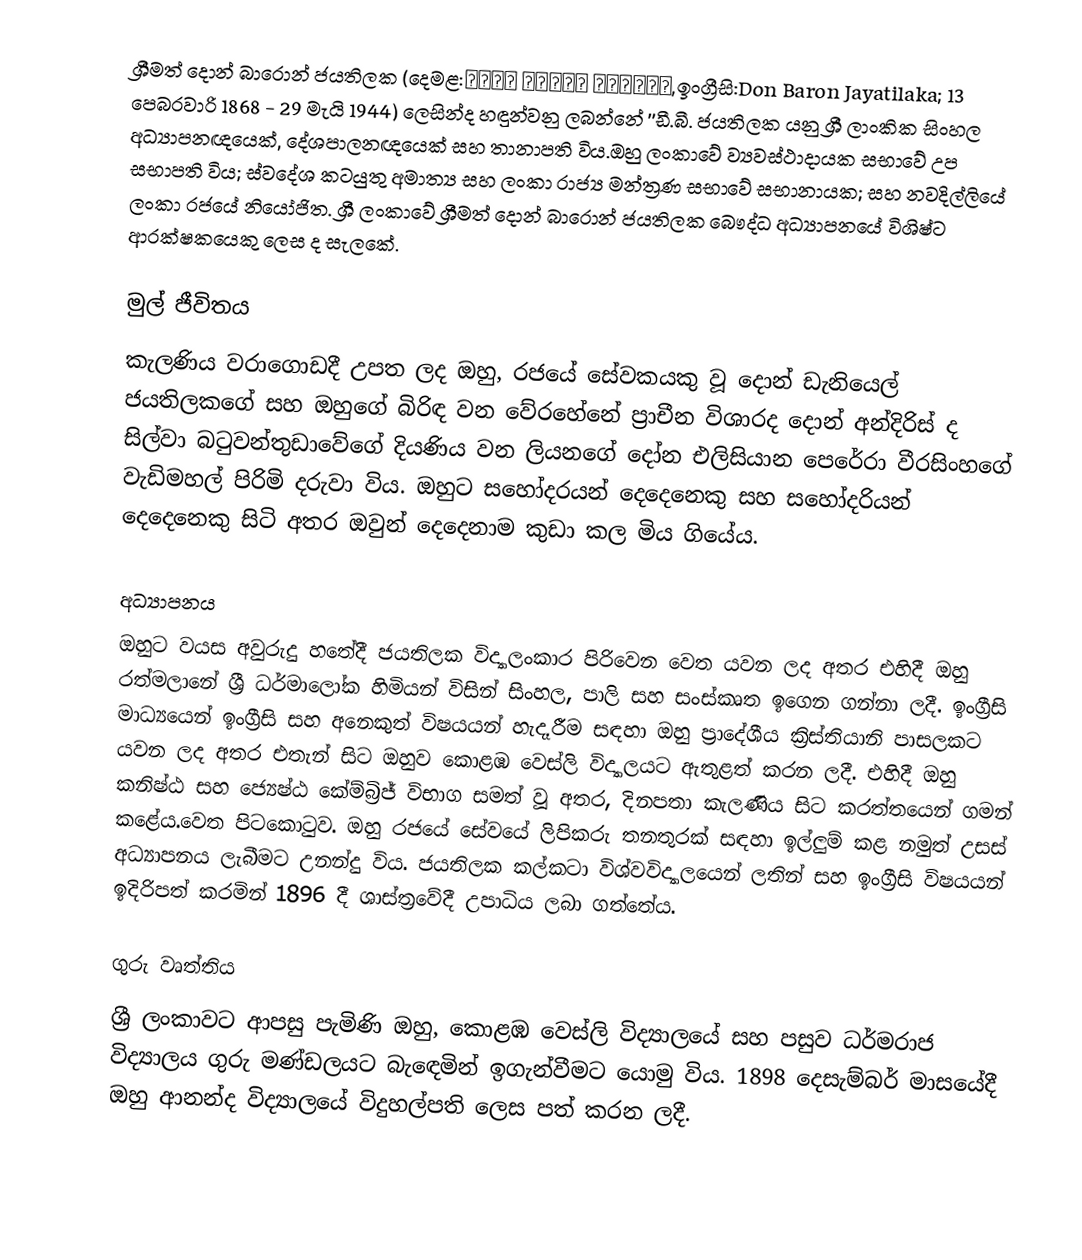
ශ්‍රීමත් දොන් බාරොන් ජයතිලක (දෙමළ:டொன் பரோன் ஜயதிலக,ඉංග්‍රීසි:Don Baron Jayatilaka; 13 පෙබරවාරි 1868 - 29 මැයි 1944) ලෙසින්ද හඳුන්වනු ලබන්නේ ''ඩී.බී. ජයතිලක යනු ශ්‍රී ලාංකික සිංහල අධ්‍යාපනඥයෙක්, දේශපාලනඥයෙක් සහ තානාපති විය.ඔහු ලංකාවේ ව්‍යවස්ථාදායක සභාවේ උප සභාපති විය; ස්වදේශ කටයුතු අමාත්‍ය සහ ලංකා රාජ්‍ය මන්ත්‍රණ සභාවේ සභානායක; සහ නවදිල්ලියේ ලංකා රජයේ නියෝජිත. ශ්‍රී ලංකාවේ ශ්‍රීමත් දොන් බාරොන් ජයතිලක බෞද්ධ අධ්‍යාපනයේ විශිෂ්ට  ආරක්ෂකයෙකු ලෙස ද සැලකේ.

මුල් ජීවිතය
කැලණිය වරාගොඩදී උපත ලද ඔහු, රජයේ සේවකයකු වූ දොන් ඩැනියෙල් ජයතිලකගේ සහ ඔහුගේ බිරිඳ වන වේරහේනේ ප්‍රාචීන විශාරද දොන් අන්දිරිස් ද සිල්වා බටුවන්තුඩාවේගේ දියණිය වන ලියනගේ දෝන එලිසියාන පෙරේරා වීරසිංහගේ වැඩිමහල් පිරිමි දරුවා විය. ඔහුට සහෝදරයන් දෙදෙනෙකු සහ සහෝදරියන් දෙදෙනෙකු සිටි අතර ඔවුන් දෙදෙනාම කුඩා කල මිය ගියේය.

අධ්‍යාපනය
ඔහුට වයස අවුරුදු හතේදී ජයතිලක විද්‍යාලංකාර පිරිවෙන වෙත යවන ලද අතර එහිදී ඔහු රත්මලානේ ශ්‍රී ධර්මාලෝක හිමියන් විසින් සිංහල, පාලි සහ සංස්කෘත ඉගෙන ගන්නා ලදී. ඉංග්‍රීසි මාධ්‍යයෙන් ඉංග්‍රීසි සහ අනෙකුත් විෂයයන් හැදෑරීම සඳහා ඔහු ප්‍රාදේශීය ක්‍රිස්තියානි පාසලකට යවන ලද අතර එතැන් සිට ඔහුව කොළඹ වෙස්ලි විද්‍යාලයට ඇතුළත් කරන ලදී. එහිදී ඔහු කනිෂ්ඨ සහ ජ්‍යෙෂ්ඨ කේම්බ්‍රිජ් විභාග සමත් වූ අතර, දිනපතා කැලණිය සිට කරත්තයෙන් ගමන් කළේය.වෙත පිටකොටුව. ඔහු රජයේ සේවයේ ලිපිකරු තනතුරක් සඳහා ඉල්ලුම් කළ නමුත් උසස් අධ්‍යාපනය ලැබීමට උනන්දු විය. ජයතිලක කල්කටා විශ්වවිද්‍යාලයෙන් ලතින් සහ ඉංග්‍රීසි විෂයයන් ඉදිරිපත් කරමින් 1896 දී ශාස්ත්‍රවේදී උපාධිය ලබා ගත්තේය.

ගුරු වෘත්තිය
ශ්‍රී ලංකාවට ආපසු පැමිණි ඔහු, කොළඹ වෙස්ලි විද්‍යාලයේ සහ පසුව ධර්මරාජ විද්‍යාලය ගුරු මණ්ඩලයට බැඳෙමින් ඉගැන්වීමට යොමු විය. 1898 දෙසැම්බර් මාසයේදී ඔහු ආනන්ද විද්‍යාලයේ විදුහල්පති ලෙස පත් කරන ලදී.